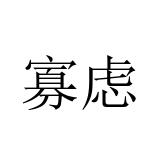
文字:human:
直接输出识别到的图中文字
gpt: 寡虑